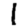
Digit: 1